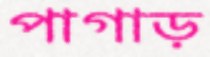
পাগাড়